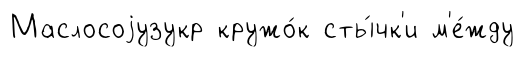
Маслосоjузукр кружо́к сты́чк'и м'е́жду